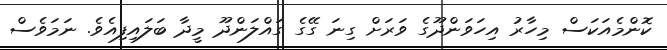
ކޮންމެއަކަސް މިހާރު އިހަވަންދޫގެ ވަރަށް ގިނަ ގޭގެ ގައްލަންދޫ މީދާ ބަލައިފިއެވެ. ނަމަވެސް